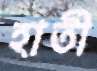
হাতী